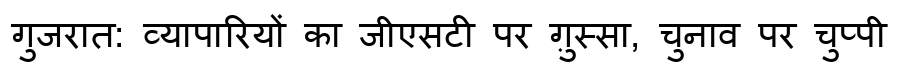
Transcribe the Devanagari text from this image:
गुजरात: व्यापारियों का जीएसटी पर ग़ुस्सा, चुनाव पर चुप्पी